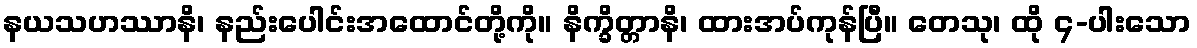
နယသဟဿာနိ၊ နည်းပေါင်းအထောင်တို့ကို။ နိက္ခိတ္တာနိ၊ ထားအပ်ကုန်ပြီ။ တေသု၊ ထို ၄-ပါးသော